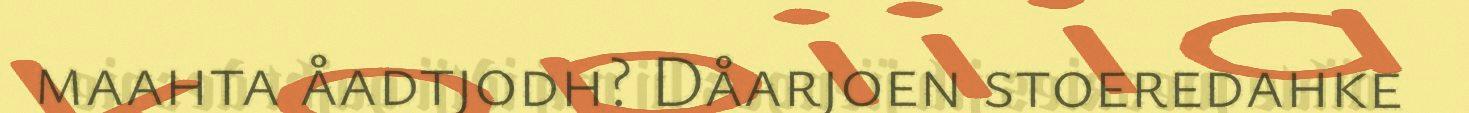
maahta åadtjodh? Dåarjoen stoeredahke